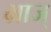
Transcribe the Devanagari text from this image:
भ्राज्